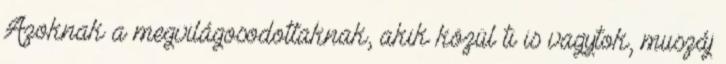
Azoknak a megvilágosodottaknak, akik közül ti is vagytok, muszáj